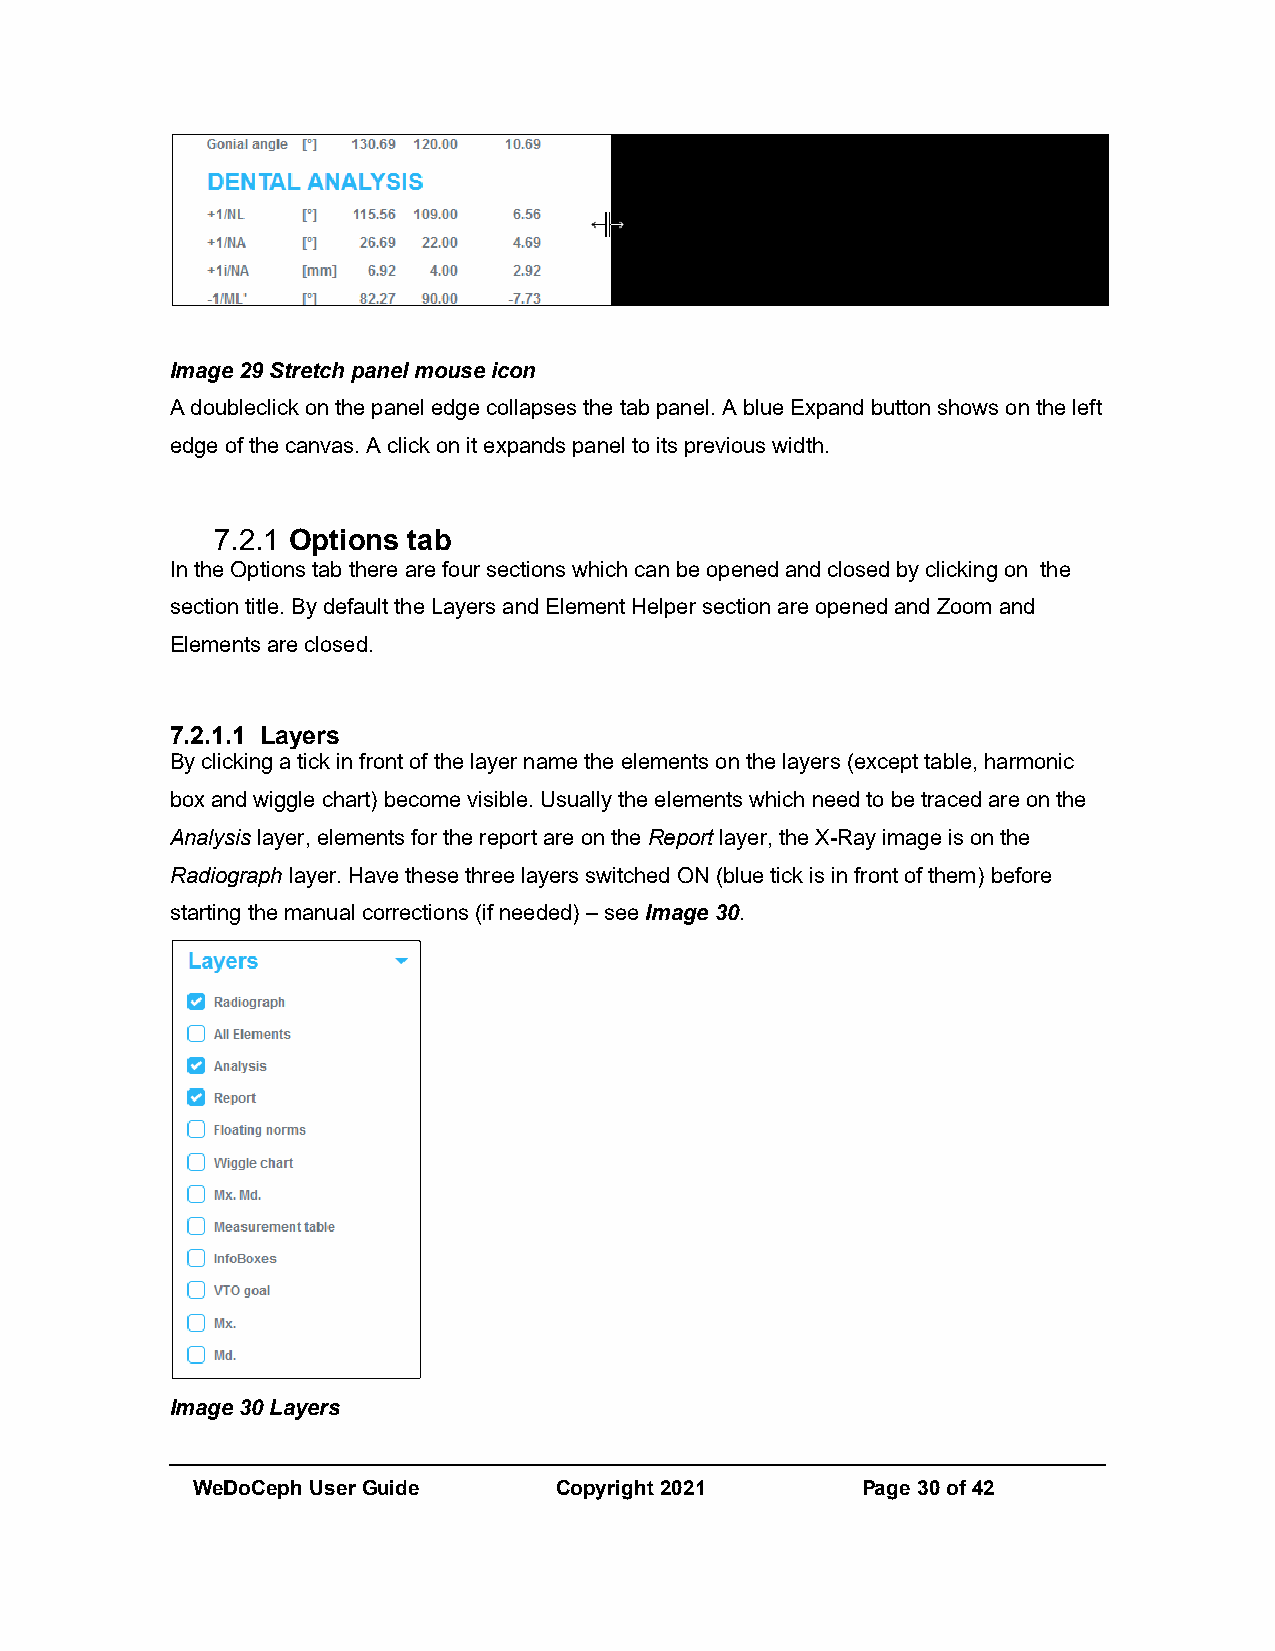
Image 29 Stretch panel mouse icon
 A doubleclick on the panel edge collapses the tab panel. A blue Expand button shows on the left
 edge of the canvas. A click on it expands panel to its previous width.
 7.2.1 Options tab
 In the Options tab there are four sections which can be opened and closed by clicking on the
 section title. By default the Layers and Element Helper section are opened and Zoom and
 Elements are closed.
 7.2.1.1 Layers
 By clicking a tick in front of the layer name the elements on the layers (except table, harmonic
 box and wiggle chart) become visible. Usually the elements which need to be traced are on the
 Analysis layer, elements for the report are on the Report layer, the X-Ray image is on the
 Radiograph layer. Have these three layers switched ON (blue tick is in front of them) before
 starting the manual corrections (if needed) – see Image 30.
 Image 30 Layers
 WeDoCeph User Guide     Copyright 2021      Page 30 of 42